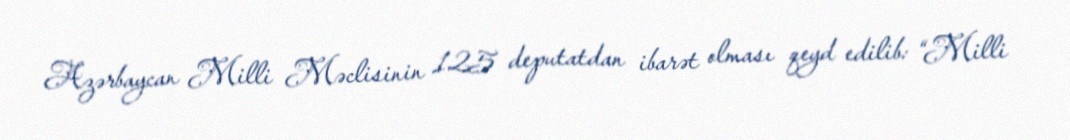
Azərbaycan Milli Məclisinin 125 deputatdan ibarət olması qeyd edilib: “Milli